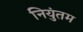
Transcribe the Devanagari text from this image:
नियुंतम